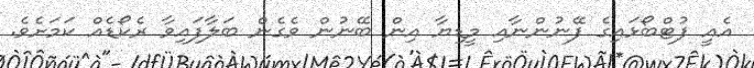
އެއީ ފުޓްބޯޅައިގެ ފޭނުންނާއި މީޑިޔާ އިން ބޭނުން ވެގެން ބަލާފައިވާ ރެކޯޑެއް ކަމަށެވެ.